342_HS1-416511228_319.1 Flying Discs 1949
Agency: Department of War
Incident date: 1/9/50
Page 8
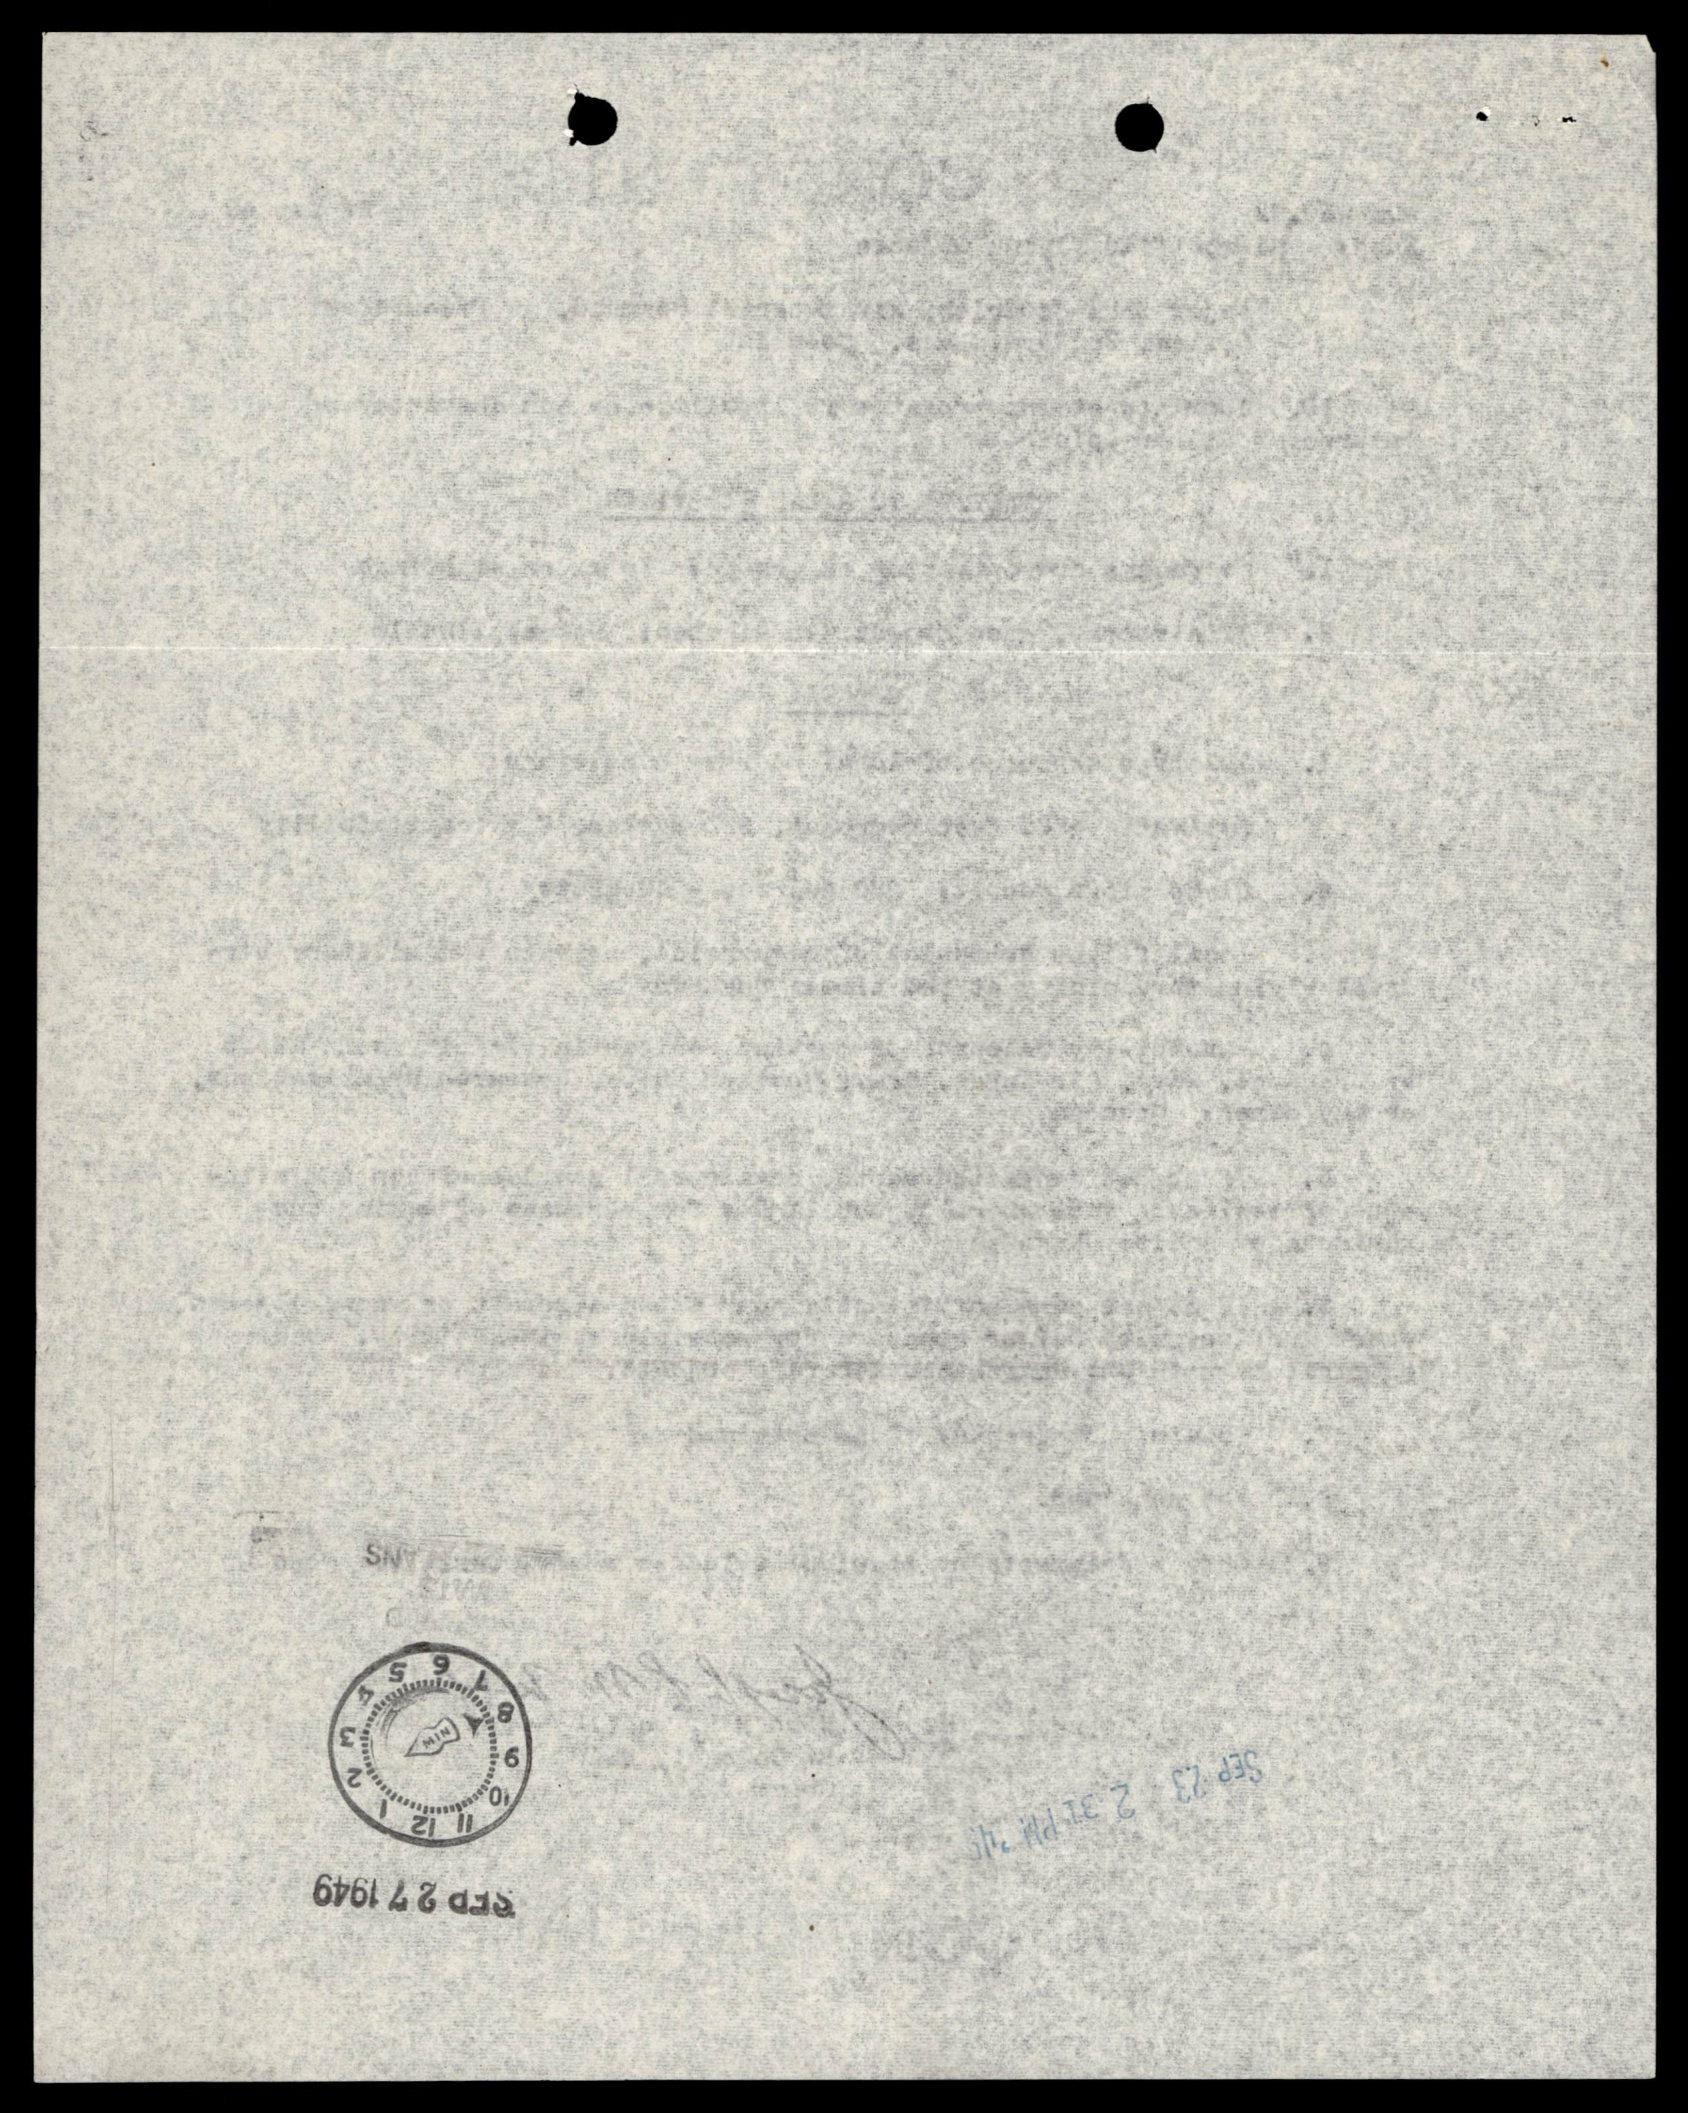